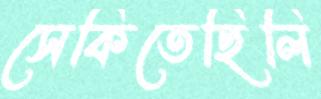
সেকিতেছিলি